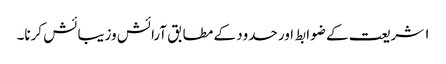
۱ شریعت کے ضوابط اور حدود کے مطابق آرائش وزیبائش کرنا۔